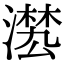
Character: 𣽕